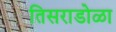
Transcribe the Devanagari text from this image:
तिसराडोळा